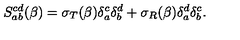
S _ { a b } ^ { c d } ( \beta ) = \sigma _ { T } ( \beta ) \delta _ { a } ^ { c } \delta _ { b } ^ { d } + \sigma _ { R } ( \beta ) \delta _ { a } ^ { d } \delta _ { b } ^ { c } .